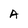
Character: A